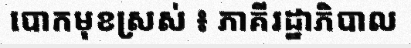
បោកមុខស្រស់ ៖ ភាគីរដ្ឋាភិបាល